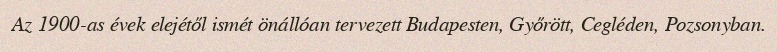
Az 1900-as évek elejétől ismét önállóan tervezett Budapesten, Győrött, Cegléden, Pozsonyban.